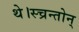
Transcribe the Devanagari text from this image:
थे।स्च्रन्तोन्